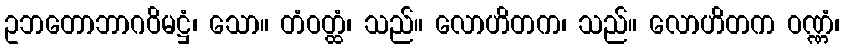
ဥဘတောဘာဂဝိမဋ္ဌံ၊ သော။ တံဝတ္ထံ၊ သည်။ လောဟိတက၊ သည်။ လောဟိတက ဝဏ္ဏံ၊